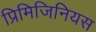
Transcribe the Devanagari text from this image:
प्रिमिजिनियस